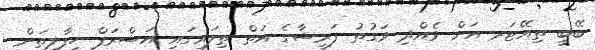
ބޭބީ ތިއޭޓަރ އަށް ވެއްދި ވަގުތު ފަރީޝާގެ އަތް ތިލައިގައި އަޝްރަފް ހިފާލިތަން